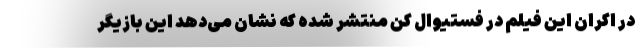
در اکران این فیلم در فستیوال کن منتشر شده که نشان می‌دهد این بازیگر